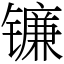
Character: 镰